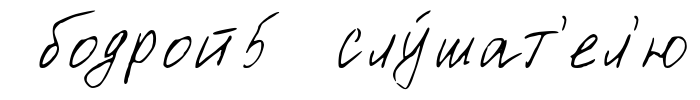
бодрой5 слу́шат'ел'ю